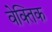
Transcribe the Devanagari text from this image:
वेक्तिक